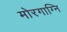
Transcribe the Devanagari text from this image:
मोरगाग्नि